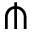
\pitchfork